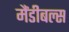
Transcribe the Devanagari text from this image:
मैंडीबल्स